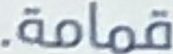
قمامة.